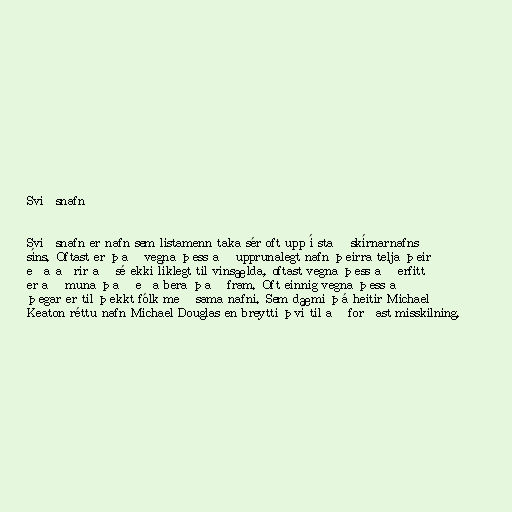
Sviðsnafn

Sviðsnafn er nafn sem listamenn taka sér oft upp í stað skírnarnafns
síns. Oftast er það vegna þess að upprunalegt nafn þeirra telja þeir
eða aðrir að sé ekki líklegt til vinsælda, oftast vegna þess að erfitt
er að muna það eða bera það fram. Oft einnig vegna þess að
þegar er til þekkt fólk með sama nafni. Sem dæmi þá heitir Michael
Keaton réttu nafn Michael Douglas en breytti því til að forðast misskilning.